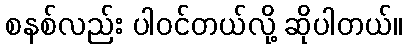
စနစ်လည်း ပါဝင်တယ်လို့ ဆိုပါတယ်။